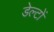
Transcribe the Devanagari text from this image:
डेल्टों